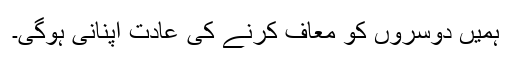
ہمیں دوسروں کو معاف کرنے کی عادت اپنانی ہوگی۔